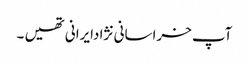
آپ خراسانی نژادایرانی تھیں ۔